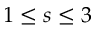
1 \le s \le 3